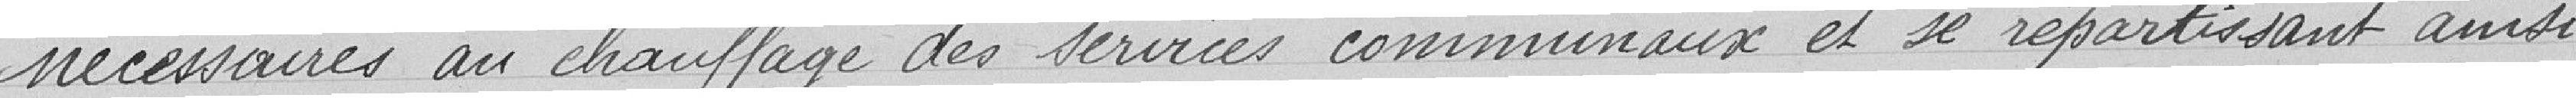
nécessaires au chauffage des services communaux et se répartissant ainsi